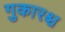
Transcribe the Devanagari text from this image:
गुकारश्च